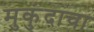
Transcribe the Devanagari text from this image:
मुकुंदाचा